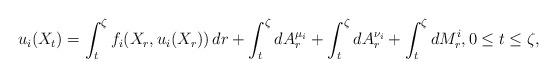
LaTeX: \begin{align*}u_i(X_{t})=\int_{t}^{\zeta}f_{i}(X_r,u_i(X_r))\,dr+\int_{t}^{\zeta}dA_{r}^{\mu_i}+\int_{t}^{\zeta}dA_{r}^{\nu_i} +\int_{t}^{\zeta}dM^i_{r},0\le t\le\zeta,\end{align*}